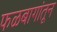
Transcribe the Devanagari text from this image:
फळबागांतून